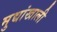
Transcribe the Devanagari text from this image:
मुद्यांखाली